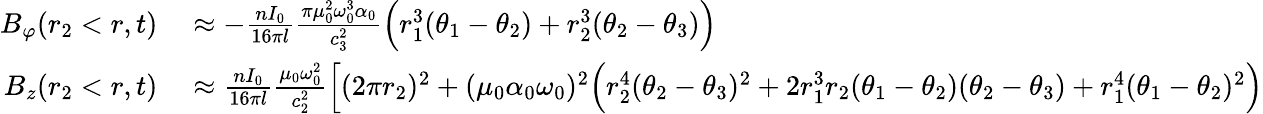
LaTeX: \begin{array}{rl}{B_{\varphi}(r_{2}<r,t)}&{{}\approx-\frac{nI_{0}}{16\pi l}\frac{\pi\mu_{0}^{2}\omega_{0}^{3}\alpha_{0}}{c_{3}^{2}}\Big(r_{1}^{3}(\theta_{1}-\theta_{2})+r_{2}^{3}(\theta_{2}-\theta_{3})\Big)}\\ {B_{z}(r_{2}<r,t)}&{{}\approx\frac{nI_{0}}{16\pi l}\frac{\mu_{0}\omega_{0}^{2}}{c_{2}^{2}}\Big[(2\pi r_{2})^{2}+(\mu_{0}\alpha_{0}\omega_{0})^{2}\Big(r_{2}^{4}(\theta_{2}-\theta_{3})^{2}+2r_{1}^{3}r_{2}(\theta_{1}-\theta_{2})(\theta_{2}-\theta_{3})+r_{1}^{4}(\theta_{1}-\theta_{2})^{2}\Big)}\end{array}